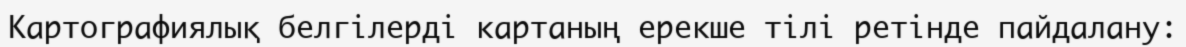
Картографиялық белгілерді картаның ерекше тілі ретінде пайдалану: